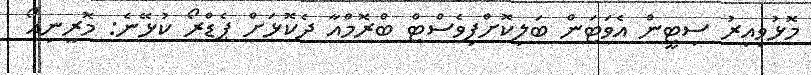
މޮޅުވިއިރު ސިޓީން އެވަޓަން ބަލިކޮށްފިވެސްޓް ބްރޮމްއާ ދެކޮޅަށް ޕެޑްރޯ ކުޅޭނެ: މޮރީނިއޯ